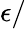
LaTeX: \epsilon/